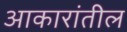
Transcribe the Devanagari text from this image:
आकारांतील